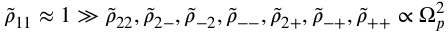
\tilde { \rho } _ { 1 1 } \approx 1 \gg \tilde { \rho } _ { 2 2 } , \tilde { \rho } _ { 2 - } , \tilde { \rho } _ { - 2 } , \tilde { \rho } _ { -- } , \tilde { \rho } _ { 2 + } , \tilde { \rho } _ { - + } , \tilde { \rho } _ { + + } \propto \Omega _ { p } ^ { 2 }